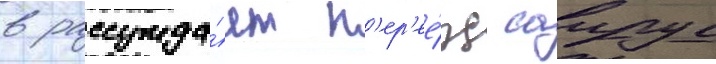
в рассужда́ет п'ер'ее́зд саирус